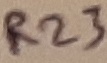
Text: R23